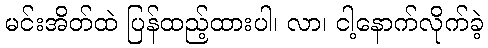
မင်းအိတ်ထဲ ပြန်ထည့်ထားပါ၊ လာ၊ ငါ့နောက်လိုက်ခဲ့